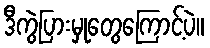
ဒီကွဲပြားမှုတွေကြောင့်ပဲ။